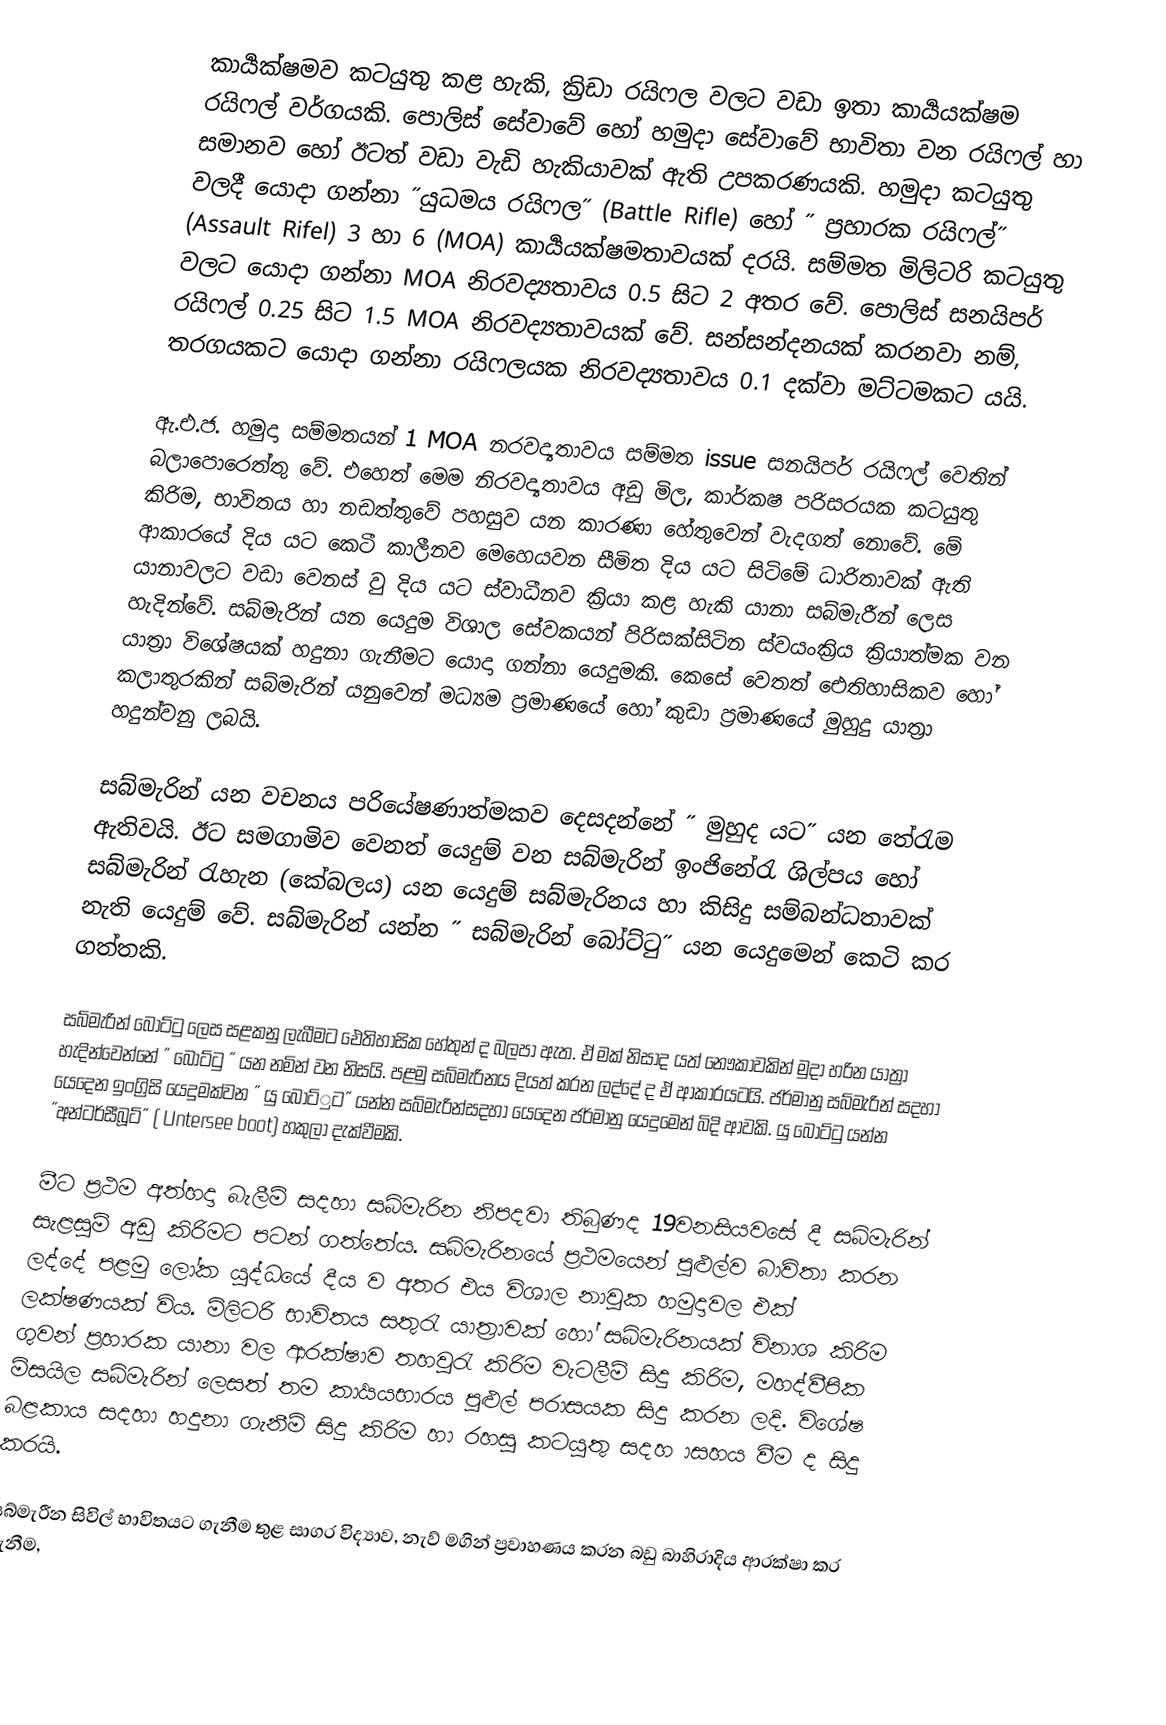
කාර්‍යක්ෂමව කටයුතු කළ හැකි, ක්‍රිඩා රයිෆල වලට වඩා ඉතා කාර්‍යයක්ෂම රයිෆල් වර්ගයකි. පොලිස් සේවාවේ හෝ හමුදා සේවාවේ භාවිතා වන රයිෆල් හා සමානව හෝ ඊටත් වඩා වැඩි හැකියාවක් ඇති උපකරණයකි. හමුදා කටයුතු වලදී යොදා ගන්නා ˝යුධමය රයිෆල˝ (Battle Rifle) හෝ ˝ ප්‍රහාරක රයිෆල්˝ (Assault Rifel)  3 හා 6 (MOA) කාර්‍යයක්ෂමතාවයක් දරයි.  සම්මත  මිලිටරි කටයුතු වලට යොදා ගන්නා MOA නිරවද්‍යතාවය 0.5 සිට 2 අතර වේ. පොලිස් සනයිපර් රයිෆල් 0.25 සිට 1.5 MOA නිරවද්‍යතාවයක් වේ. සන්සන්දනයක් කරනවා නම්, තරගයකට යොදා ගන්නා රයිෆලයක නිරවද්‍යතාවය 0.1 දක්වා මට්ටමකට යයි.

ඇ.එ.ජ. හමුදා සම්මතයන් 1 MOA  නරවද්‍යතාවය සම්මත issue සනයිපර් රයිෆල් වෙතින් බලාපොරෙත්තු වේ. එහෙත් මෙම නිරවද්‍යතාවය අඩු මිල, කාර්කෂ පරිසරයක කටයුතු කිරිම, භාවිතය හා නඩත්තුවේ පහසුව යන කාරණා හේතුවෙන් වැදගත් නොවේ. මේ ආකාරයේ දිය යට කෙටී කාලීනව මෙහෙයවන සීමිත දිය යට සිටිමේ ධාරිතාවක් ඇති යානාවලට වඩා වෙනස් වු දිය යට ස්වාධීනව ක්‍රියා කළ හැකි යානා සබ්මැරීන් ලෙස හැදින්වේ. සබ්මැරින් යන යෙදුම විශාල සේවකයන් පිරිසක්සිටින ස්වයංක්‍රිය ක්‍රියාත්මක වන යාත්‍රා විශේෂයක් හදුනා ගැනීමට යොදා ගන්නා යෙදුමකි. කෙසේ වෙතත් ‍‍ඓතිහාසිකව හෝ කලාතුරකින් සබ්මැරින් යනුවෙන් මධ්‍යම ප්‍රමාණයේ හෝ කුඩා ප්‍රමාණයේ මුහුදු යාත්‍රා හදුන්වනු ලබයි.

සබ්මැරින් යන වචනය පරියේෂණාත්මකව දෙසදන්නේ ˝ මුහුද යට˝ යන තේරැම ඇතිවයි. ඊට සමගාමිව වෙනත් යෙදුම් වන සබ්මැරින් ඉංජිනේරැ ශිල්පය හෝ සබ්මැරින් රැහැන (කේබලය) යන යෙදුම් සබ්මැරිනය හා කිසිදු සම්බන්ධතාවක් නැති යෙදුම් වේ. සබ්මැරින් යන්න ˝ සබ්මැරින් බෝට්ටු˝ යන යෙදුමෙන් කෙටි කර ගත්තකි.

සබ්මැරින් බෝට්ටු ලෙස සළකනු ලැබීමට ඓතිහාසික හේතුන් ද බලපා ඇත. ඒ මක් නිසාද යත් නෞකාවකින් මුදා හරින යාත්‍රා හැදින්වෙන්නේ ˝ බෝට්ටු ˝ යන නමින් වන නිසයි. පළමු සබ්මැරිනය දියත් කරන ලද්දේ  ද ඒ ආකාරයටයි. ජර්මානු සබ්මැරින් සදහා යෙදෙන ඉංග්‍රිසි යෙදුමක්වන ˝ යු බෝට්ුට˝ යන්න සබ්මැරින්සදහා යෙදෙන ජර්මානු යෙදුමෙන් බිදි ආවකි. යු බෝට්ටු යන්න ˝අන්ටර්සීබූට්˝ ( Untersee  boot) හකුලා දැක්වීමකි.

මීට ප්‍රථම අත්හදා බැලීම් සදහා සබ්මැරින නිපදවා තිබුණද 19වනසියවසේ දී සබ්මැරින් සැළසුම් අඩු කිරිමට පටන් ගත්තේය. සබ්මැරිනයේ ප්‍රථමයෙන් පුළුල්ව බාවිතා කරන ලද්දේ පළමු ලෝක යුද්ධයේ දීය ව අතර එය විශාල නාවුක හමුදාවල එක් ලක්ෂණයක් විය. මිලිටරි භාවිතය සතුරැ යාත්‍රාවක් හෝ සබ්මැරිනයක් විනාශ කිරිම ගුවන් ප්‍රහාරක යානා වල ආරක්ෂාව තහවුරැ කිරිම වැටලීම් සිදු කිරිම, මහද්වීපික මිසයිල සබ්මැරින් ලෙසත් තම කාර්‍යයභාරය පුළුල් පරාසයක සිදු කරන ලදි. විශේෂ බළකාය සදහා හදුනා ගැනීම් සිදු කිරිම හා රහසු කටයුතු සදහ ාසහය වීම ද සිදු කරයි.

සබ්මැරීන සිවිල් භාවිතයට ගැනීම තුළ සාගර විද්‍යාව, නැව් මගින් ප්‍රවාහණය  කරන බඩු බාහිරාදිය ආරක්ෂා කර ගැනීම,